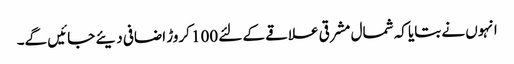
انہوں نے بتایا کہ شمال مشرقی علاقے کے لئے 100 کروڑ اضافی دیئے جائیں گے۔